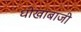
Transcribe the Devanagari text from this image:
धोखाबाजी